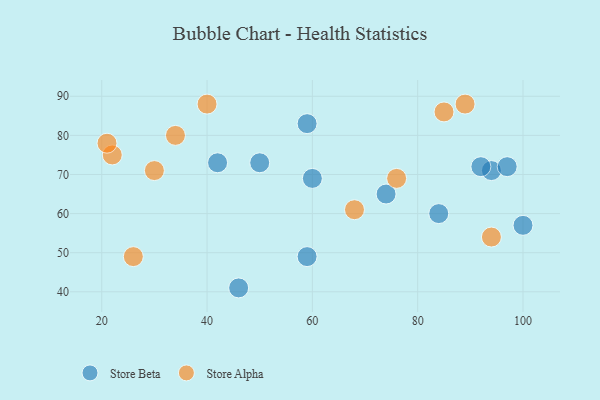
{"axis": {"x": "GDP", "y": "Life Expectancy"}, "legend": ["Store Alpha", "Store Beta"], "data": [{"x": "59", "y": 83, "type": "Store Beta"}, {"x": "94", "y": 71, "type": "Store Beta"}, {"x": "92", "y": 72, "type": "Store Beta"}, {"x": "60", "y": 69, "type": "Store Beta"}, {"x": "50", "y": 73, "type": "Store Beta"}, {"x": "84", "y": 60, "type": "Store Beta"}, {"x": "42", "y": 73, "type": "Store Beta"}, {"x": "97", "y": 72, "type": "Store Beta"}, {"x": "46", "y": 41, "type": "Store Beta"}, {"x": "100", "y": 57, "type": "Store Beta"}, {"x": "59", "y": 49, "type": "Store Beta"}, {"x": "74", "y": 65, "type": "Store Beta"}, {"x": "22", "y": 75, "type": "Store Alpha"}, {"x": "68", "y": 61, "type": "Store Alpha"}, {"x": "89", "y": 88, "type": "Store Alpha"}, {"x": "26", "y": 49, "type": "Store Alpha"}, {"x": "34", "y": 80, "type": "Store Alpha"}, {"x": "85", "y": 86, "type": "Store Alpha"}, {"x": "30", "y": 71, "type": "Store Alpha"}, {"x": "76", "y": 69, "type": "Store Alpha"}, {"x": "94", "y": 54, "type": "Store Alpha"}, {"x": "40", "y": 88, "type": "Store Alpha"}, {"x": "21", "y": 78, "type": "Store Alpha"}]}